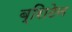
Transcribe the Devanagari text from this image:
ब्रिाटेन